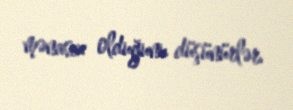
mənasız olduğunu düşünürlər.